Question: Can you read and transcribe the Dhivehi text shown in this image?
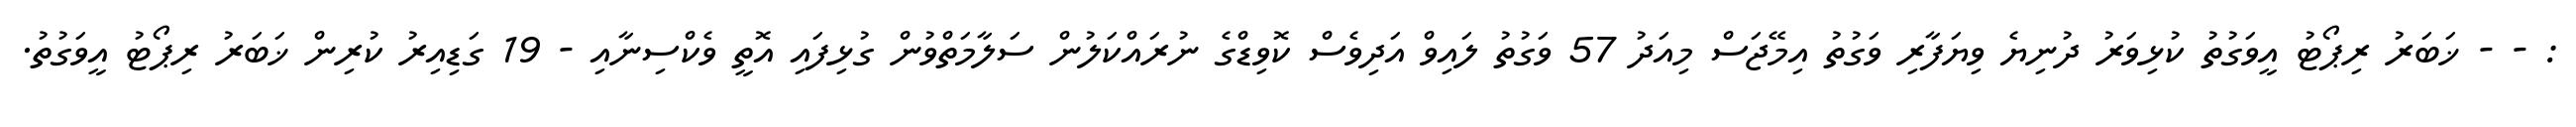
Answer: : - - ޚަބަރު ރިޕޯޓު އީވަގުތު ކުޅިވަރު ދުނިޔެ ވިޔަފާރި ވަގުތު އިމޭޖަސް މިއަދު 57 ވަގުތު ލައިވް އަދިވެސް ކޮވިޑްގެ ނުރައްކަލުން ސަލާމަތްވުން ގުޅިފައި އޮތީ ވެކްސިނާއި - 19 ގަޑިއިރު ކުރިން ޚަބަރު ރިޕޯޓު އީވަގުތު.